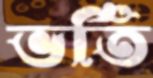
ভর্তি